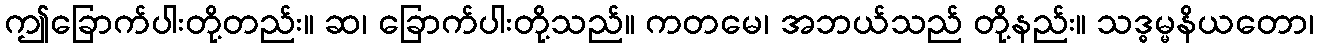
ဤခြောက်ပါးတို့တည်း။ ဆ၊ ခြောက်ပါးတို့သည်။ ကတမေ၊ အဘယ်သည် တို့နည်း။ သဒ္ဓမ္မနိယတော၊